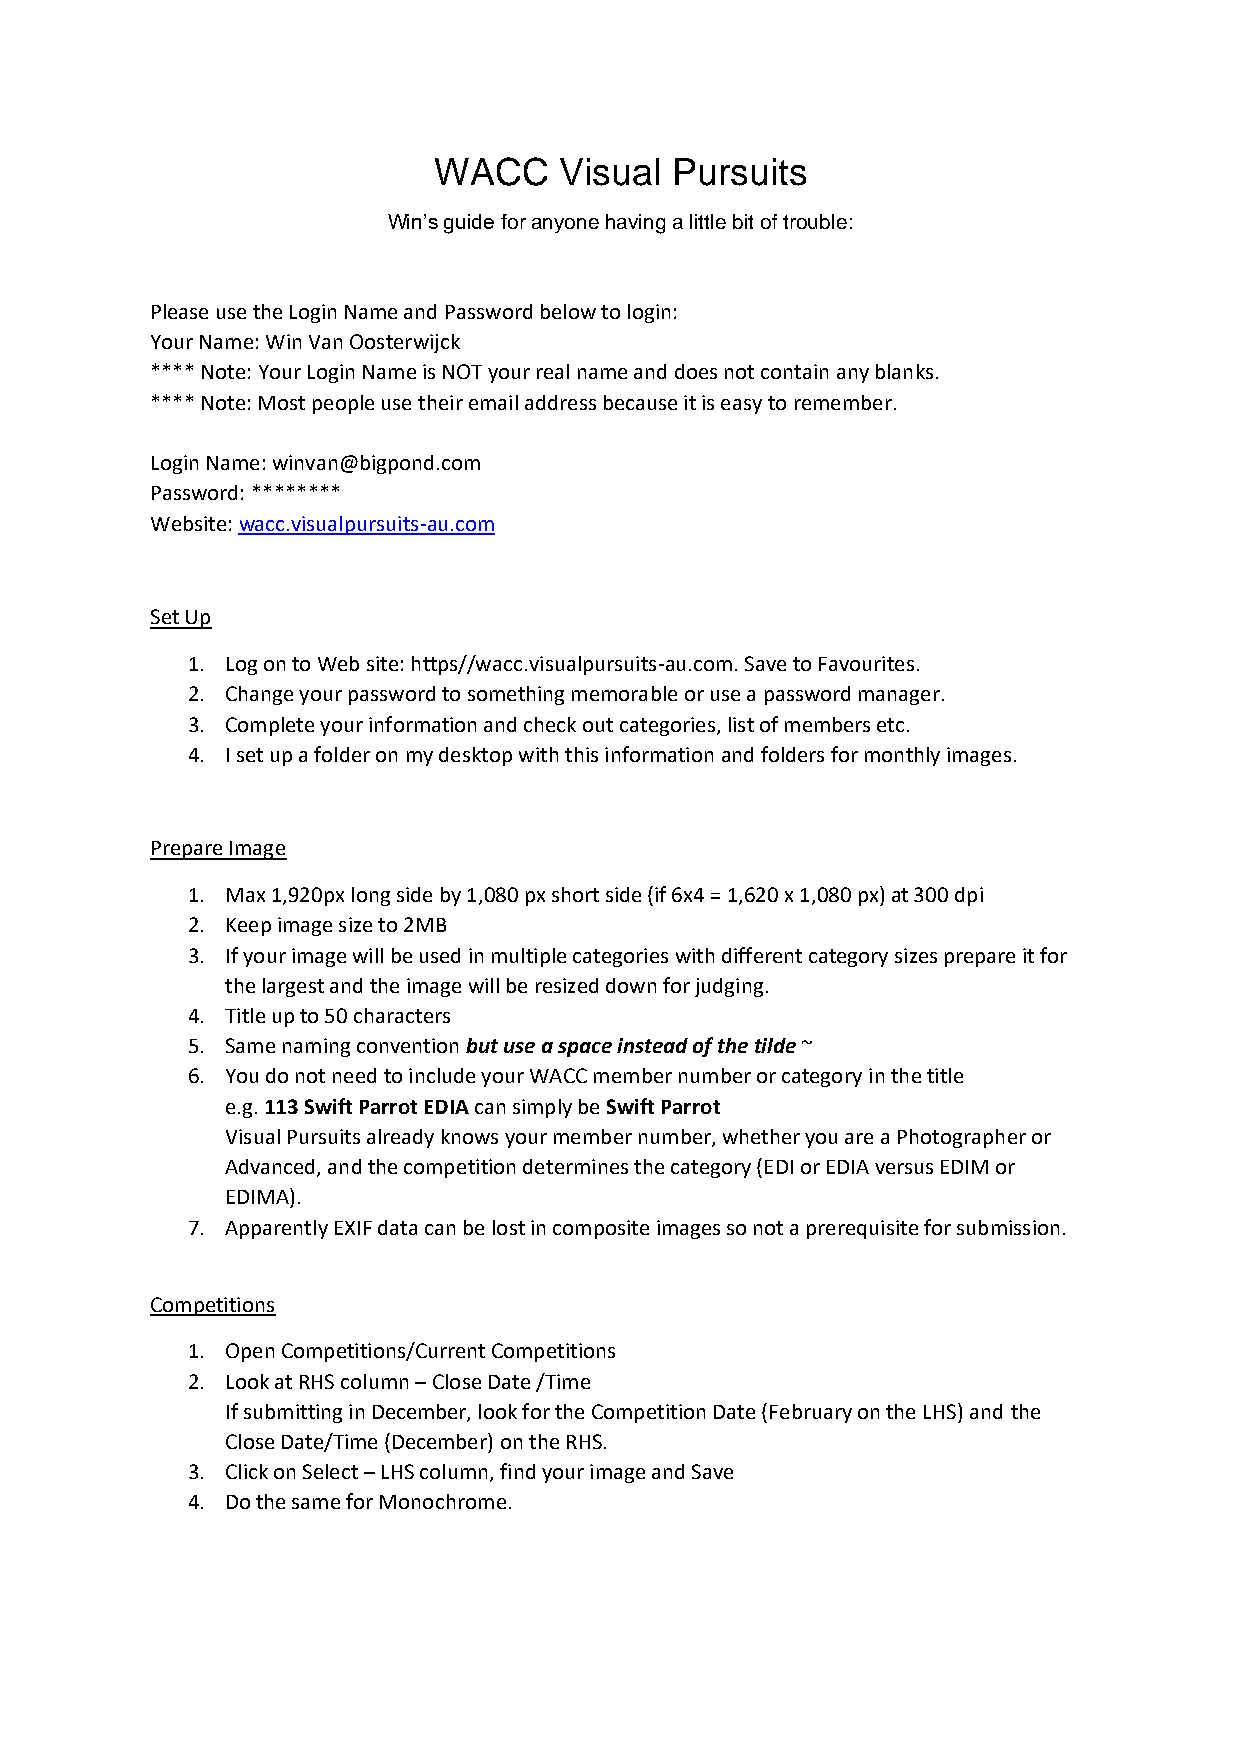
WACC    Visual Pursuits
 Win’s guide for anyone having a little bit of trouble:
 Please use the Login Name and Password below to login:
 Your Name: Win Van Oosterwijck
 **** Note: Your Login Name is NOT your real name and does not contain any blanks.
 **** Note: Most people use their email address because it is easy to remember.
 Login Name: winvan@bigpond.com
 Password: ********
 Website: wacc.visualpursuits-au.com
 Set Up
 1. Log on to Web site: https//wacc.visualpursuits-au.com. Save to Favourites.
 2. Change your password to something memorable or use a password manager.
 3. Complete your information and check out categories, list of members etc.
 4. I set up a folder on my desktop with this information and folders for monthly images.
 Prepare Image
 1. Max 1,920px long side by 1,080 px short side (if 6x4 = 1,620 x 1,080 px) at 300 dpi
 2. Keep image size to 2MB
 3. If your image will be used in multiple categories with different category sizes prepare it for
 the largest and the image will be resized down for judging.
 4. Title up to 50 characters
 5. Same naming convention but use a space instead of the tilde ~
 6. You do not need to include your WACC member number or category in the title
 e.g. 113 Swift Parrot EDIA can simply be Swift Parrot
 Visual Pursuits already knows your member number, whether you are a Photographer or
 Advanced, and the competition determines the category (EDI or EDIA versus EDIM or
 EDIMA).
 7. Apparently EXIF data can be lost in composite images so not a prerequisite for submission.
 Competitions
 1. Open Competitions/Current Competitions
 2. Look at RHS column – Close Date /Time
 If submitting in December, look for the Competition Date (February on the LHS) and the
 Close Date/Time (December) on the RHS.
 3. Click on Select – LHS column, find your image and Save
 4. Do the same for Monochrome.